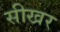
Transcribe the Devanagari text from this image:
सीखर